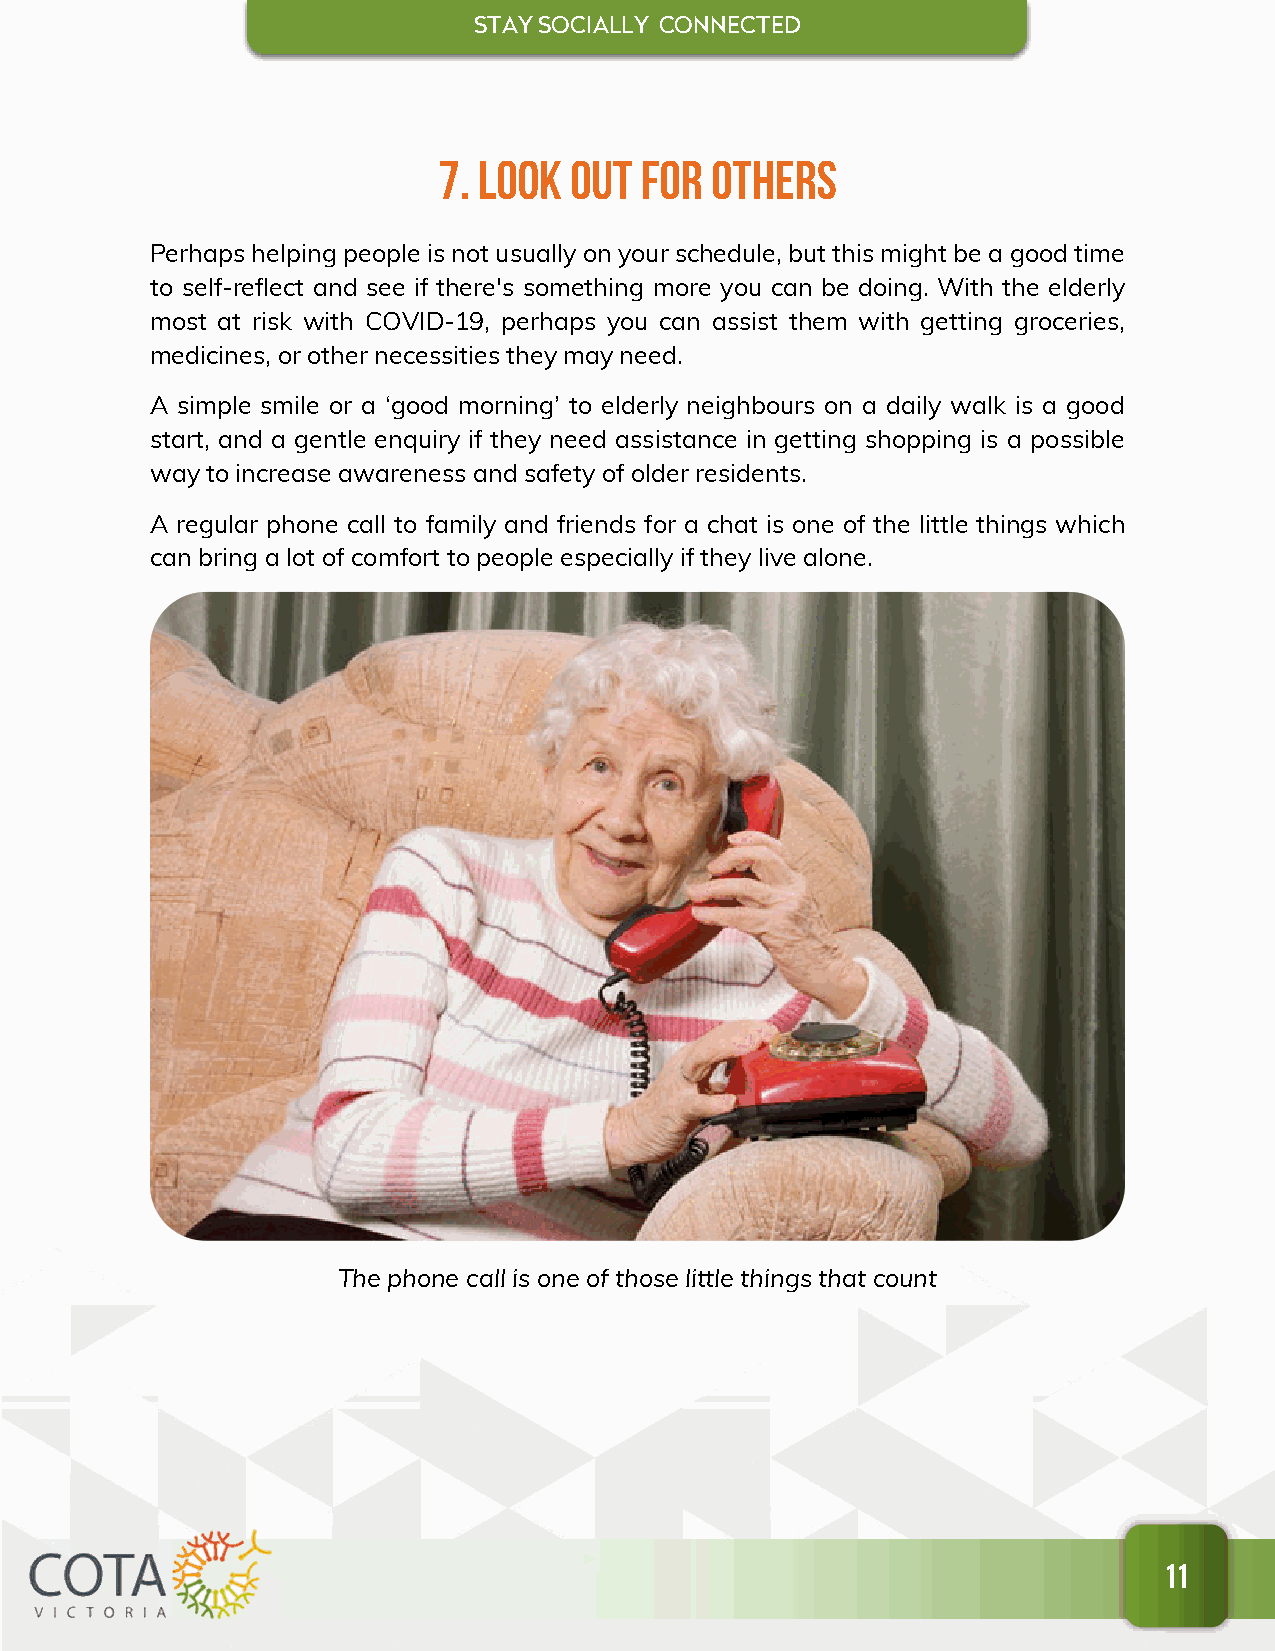
STAY SOCIALL Y CONNECTED
 7. Look  out for  others
 Perhaps helping people is not usually on your schedule, but this might be a good time
 to self-reflect and see if there's something more you can be doing. With the elderly
 most at risk with COVID-19, perhaps you can assist them with getting groceries,
 medicines, or other necessities they may need.
 A simple smile or a ‘good morning’ to elderly neighbours on a daily walk is a good
 start, and a gentle enquiry if they need assistance in getting shopping is a possible
 way to increase awareness and safety of older residents.
 A regular phone call to family and friends for a chat is one of the little things which
 can bring a lot of comfort to people especially if they live alone.
 The phone call is one of those little things that count
 11